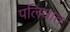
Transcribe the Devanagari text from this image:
पलियात